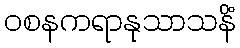
ဝစနကရာနုသာသနိံ